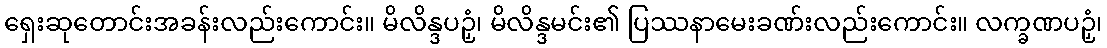
ရှေးဆုတောင်းအခန်းလည်းကောင်း။ မိလိန္ဒပဉှံ၊ မိလိန္ဒမင်း၏ ပြဿနာမေးခဏ်းလည်းကောင်း။ လက္ခဏပဉှံ၊